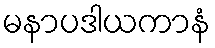
မနာပဒါယကာနံ